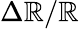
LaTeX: \Delta\mathbb{R}/\mathbb{R}